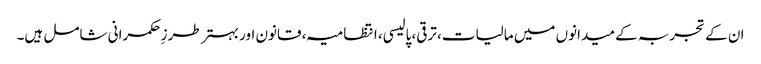
ان کے تجربہ کے میدانوں میں مالیات، ترقی، پالیسی، انتظامیہ، قانون اور بہتر طرزِ حکمرانی شامل ہیں۔